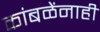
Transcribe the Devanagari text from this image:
कांबळेंनाही